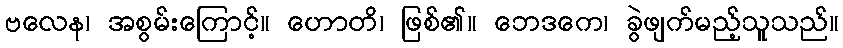
ဗလေန၊ အစွမ်းကြောင့်။ ဟောတိ၊ ဖြစ်၏။ ဘေဒကေ၊ ခွဲဖျက်မည့်သူသည်။